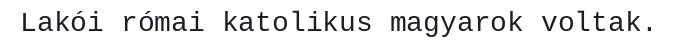
Lakói római katolikus magyarok voltak.